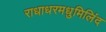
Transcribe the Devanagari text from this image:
राधाधरमधुमिलिंद